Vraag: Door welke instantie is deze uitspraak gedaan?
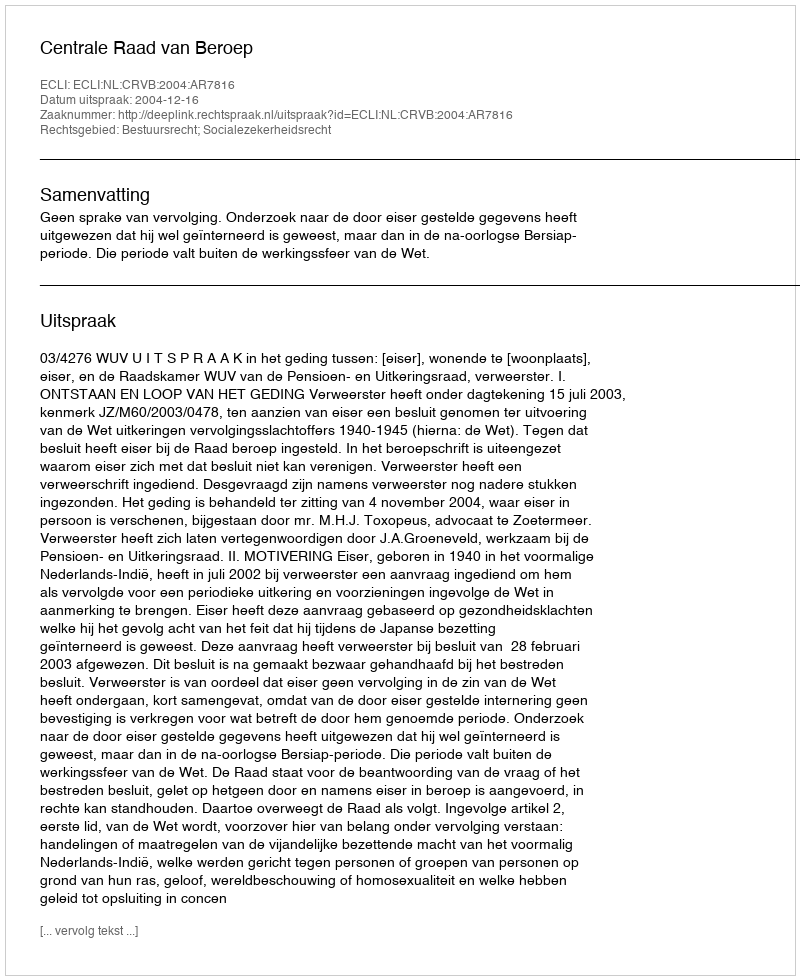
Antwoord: Centrale Raad van Beroep